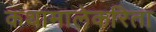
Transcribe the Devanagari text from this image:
कथामालेकरिता